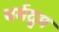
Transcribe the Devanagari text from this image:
धर्मद्रुम